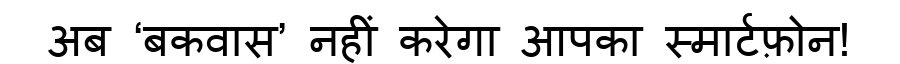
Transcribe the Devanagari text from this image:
अब ‘बकवास’ नहीं करेगा आपका स्मार्टफ़ोन!